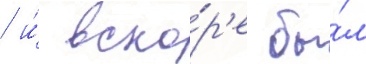
/ и́ вско́р'е бы́л